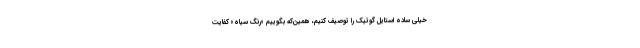
خیلی ساده استایل گوتیک را توصیف کنیم، همین‌که بگوییم «رنگ سیاه» کفایت